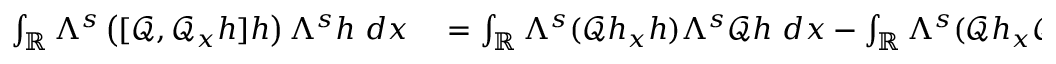
\begin{array} { r l } { \int _ { \mathbb R } \Lambda ^ { s } \left( [ \mathscr { Q } , \mathscr { Q } _ { x } h ] h \right) \Lambda ^ { s } h \ d x } & { { } = \int _ { \mathbb R } \Lambda ^ { s } ( \mathscr { Q } h _ { x } h ) \Lambda ^ { s } \mathscr { Q } h \ d x - \int _ { \mathbb R } \Lambda ^ { s } ( \mathscr { Q } h _ { x } \mathscr { Q } h ) \Lambda ^ { s } h \ d x . } \end{array}